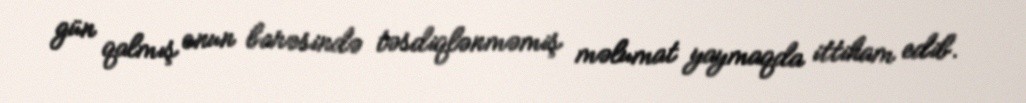
gün qalmış onun barəsində təsdiqlənməmiş məlumat yaymaqda ittiham edib.